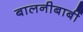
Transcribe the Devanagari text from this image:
बालनीबार्बी